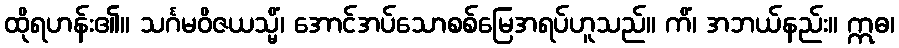
ထိုရဟန်း၏။ သင်္ဂမဝိဇယသ္မိံ၊ အောင်အပ်သောစစ်မြေအရပ်ဟူသည်။ ကိံ၊ အဘယ်နည်း။ ဣဓ၊